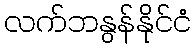
လက်ဘနွန်နိုင်ငံ